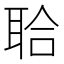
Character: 𦕲